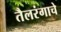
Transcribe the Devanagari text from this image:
तैलरंगाचे